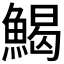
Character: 𩹄